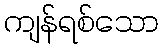
ကျန်ရစ်သော